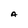
Character: A